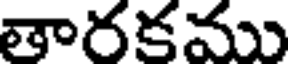
తారకము